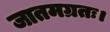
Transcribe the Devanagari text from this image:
जातमग्रतः।